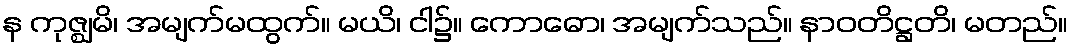
န ကုဇ္ဈမိ၊ အမျက်မထွက်။ မယိ၊ ငါ၌။ ကောဓော၊ အမျက်သည်။ နာဝတိဋ္ဌတိ၊ မတည်။